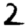
Digit: 2